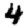
Digit: 4